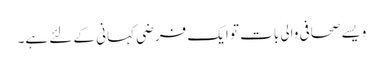
ویسے صحافی والی بات تو ایک فرضی کہانی کے لئے ہے۔